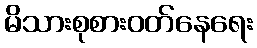
မိသားစုစားဝတ်နေရေး